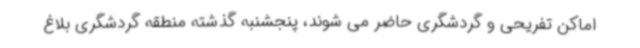
اماکن تفریحی و گردشگری حاضر می شوند، پنجشنبه گذشته منطقه گردشگری بلاغ